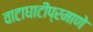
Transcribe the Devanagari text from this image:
वाटाघाटींप्रमाणे